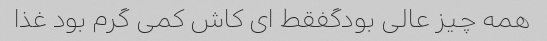
همه چیز عالی بودگفقط ای کاش کمی گرم بود غذا